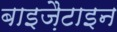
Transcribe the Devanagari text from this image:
बाइज़ैटाइन